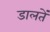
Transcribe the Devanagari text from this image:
डालतें